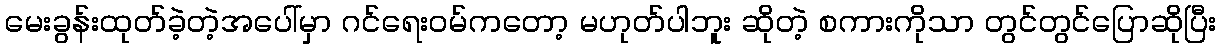
မေးခွန်းထုတ်ခဲ့တဲ့အပေါ်မှာ ဂင်ရေးဝမ်ကတော့ မဟုတ်ပါဘူး ဆိုတဲ့ စကားကိုသာ တွင်တွင်ပြောဆိုပြီး